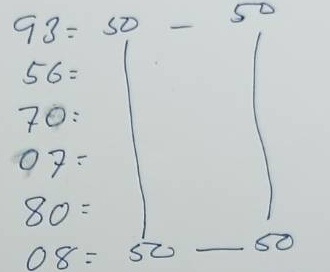
93 = 50 - 50
56 = 50 - 50
70 = 50 - 50
07 = 50 - 50
80 = 50 - 50
08 = 50 - 50